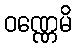
ဝဏ္ဏေမိ